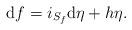
LaTeX: \begin{align*}\mathrm{d}f=i_{S_f}\mathrm{d}\eta+h\eta.\end{align*}